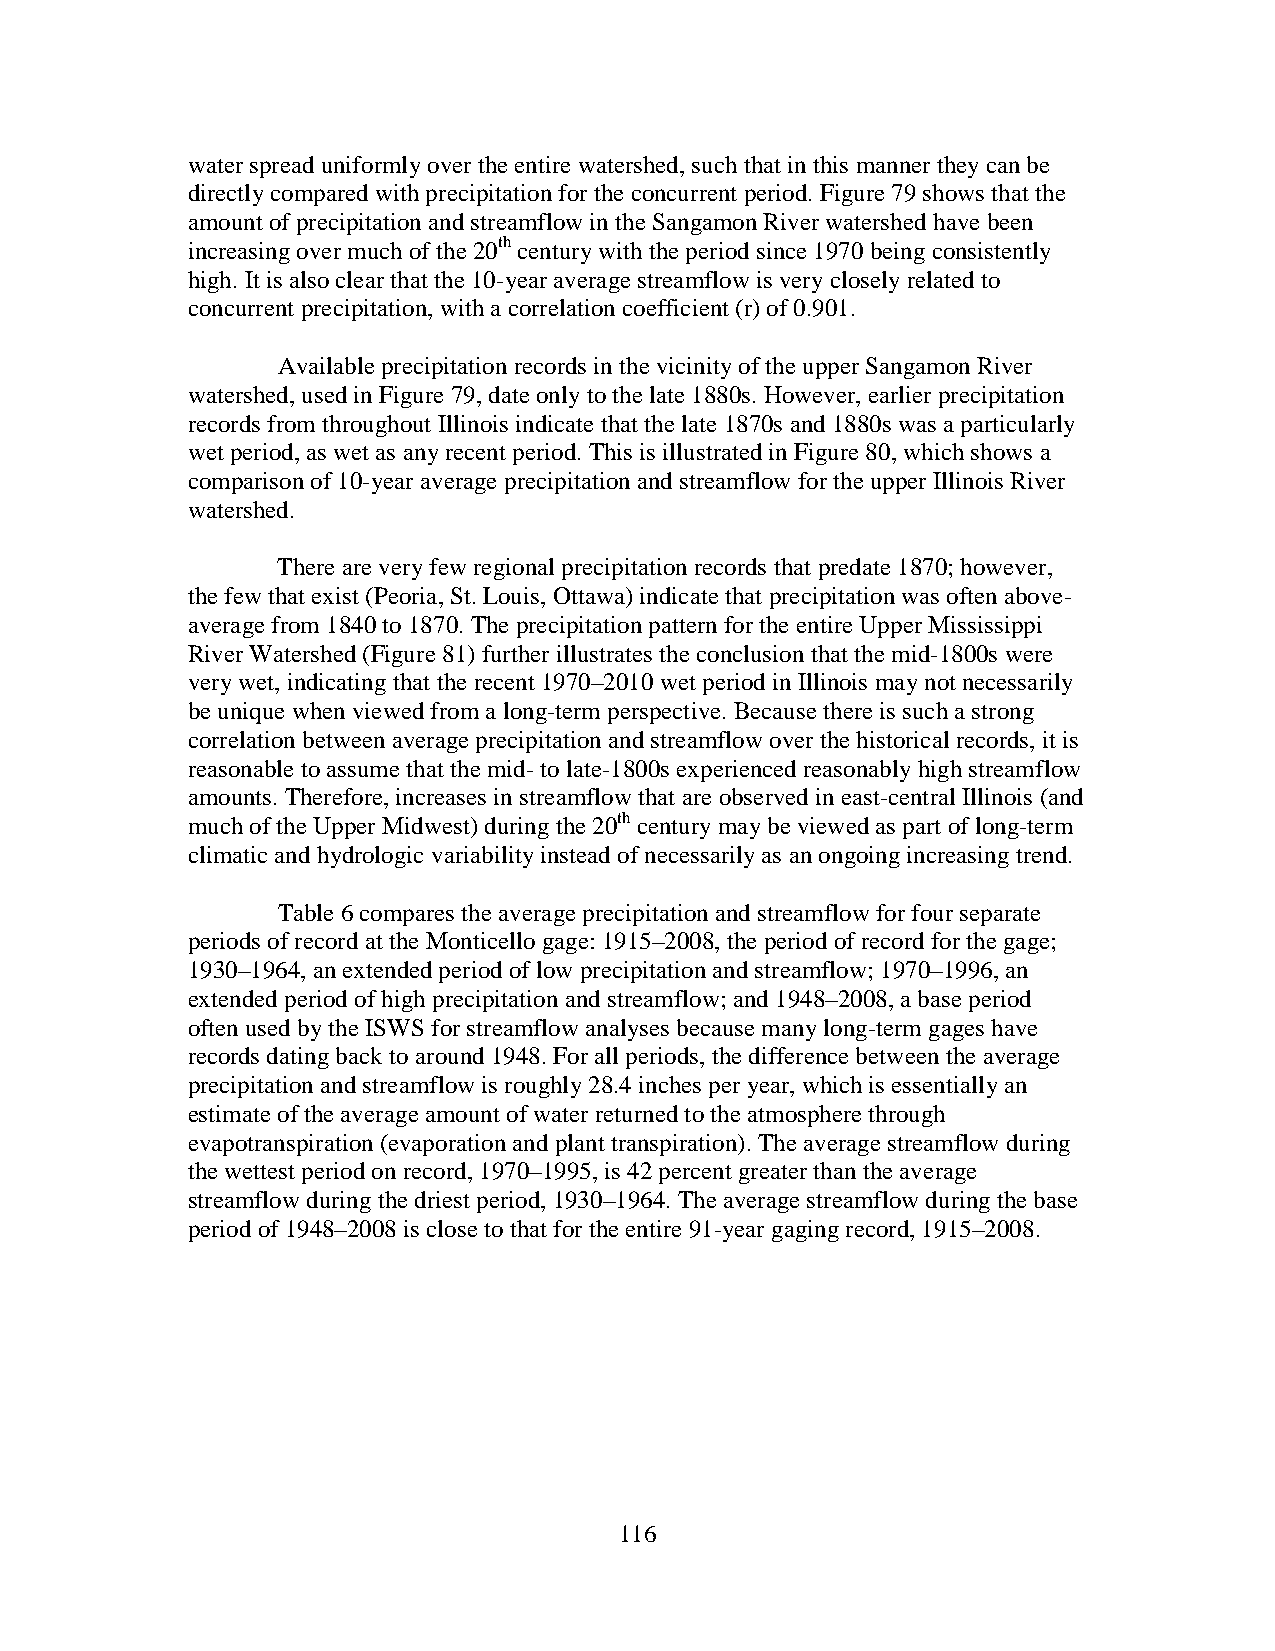
water spread uniformly over the entire watershed, such that in this manner they can be
 directly compared with precipitation for the concurrent period. Figure 79 shows that the
 amount of precipitation and streamflow in the Sangamon River watershed have been
 increasing over much of the 20th century with the period since 1970 being consistently
 high. It is also clear that the 10-year average streamflow is very closely related to
 concurrent precipitation, with a correlation coefficient (r) of 0.901.
 Available precipitation records in the vicinity of the upper Sangamon River
 watershed, used in Figure 79, date only to the late 1880s. However, earlier precipitation
 records from throughout Illinois indicate that the late 1870s and 1880s was a particularly
 wet period, as wet as any recent period. This is illustrated in Figure 80, which shows a
 comparison of 10-year average precipitation and streamflow for the upper Illinois River
 watershed.
 There are very few regional precipitation records that predate 1870; however,
 the few that exist (Peoria, St. Louis, Ottawa) indicate that precipitation was often above-
 average from 1840 to 1870. The precipitation pattern for the entire Upper Mississippi
 River Watershed (Figure 81) further illustrates the conclusion that the mid-1800s were
 very wet, indicating that the recent 1970–2010 wet period in Illinois may not necessarily
 be unique when viewed from a long-term perspective. Because there is such a strong
 correlation between average precipitation and streamflow over the historical records, it is
 reasonable to assume that the mid- to late-1800s experienced reasonably high streamflow
 amounts. Therefore, increases in streamflow that are observed in east-central Illinois (and
 much of the Upper Midwest) during the 20th century may be viewed as part of long-term
 climatic and hydrologic variability instead of necessarily as an ongoing increasing trend.
 Table 6 compares the average precipitation and streamflow for four separate
 periods of record at the Monticello gage: 1915–2008, the period of record for the gage;
 1930–1964, an extended period of low precipitation and streamflow; 1970–1996, an
 extended period of high precipitation and streamflow; and 1948–2008, a base period
 often used by the ISWS for streamflow analyses because many long-term gages have
 records dating back to around 1948. For all periods, the difference between the average
 precipitation and streamflow is roughly 28.4 inches per year, which is essentially an
 estimate of the average amount of water returned to the atmosphere through
 evapotranspiration (evaporation and plant transpiration). The average streamflow during
 the wettest period on record, 1970–1995, is 42 percent greater than the average
 streamflow during the driest period, 1930–1964. The average streamflow during the base
 period of 1948–2008 is close to that for the entire 91-year gaging record, 1915–2008.
 116